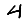
Digit: 4